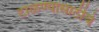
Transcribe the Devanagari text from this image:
टाळण्यासाठीचे